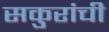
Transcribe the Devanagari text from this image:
सकुरांची